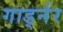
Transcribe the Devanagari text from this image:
गार्ड्नर